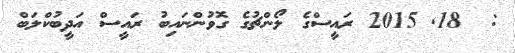
:  18